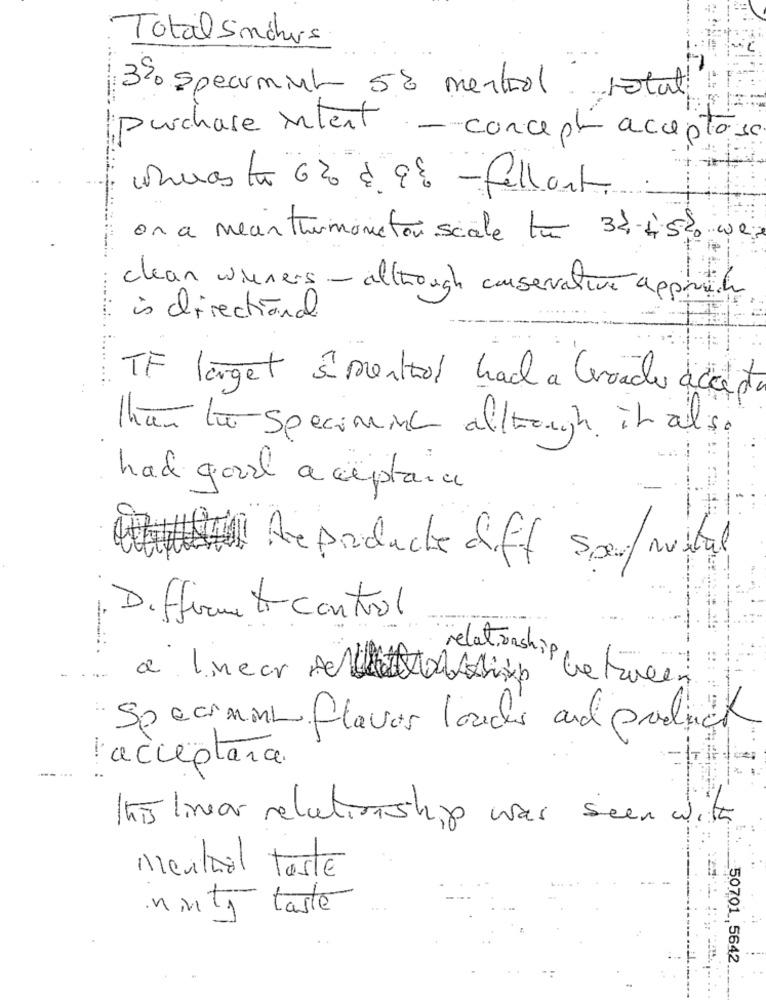
Total Smchus
3%o specumint 5% mentol total
purchase intent - concept acceptés .
whenrasta 6% & 9% - fellort
on a meanthermometer scale tu 33-45% wex
clean wieners - although conservative approche
is directional
TF laget s mentito! hach a Cerrado accept
Than the specimine although it also
had good aceptara
Il Reproducte diff sport nostal
Differmeto control
-
a linear men ship
relationship between
Specimint flavor louches and product
l'acceptara.
this linear relationship was seen with
Mental teste
ninty taste
50701 5642